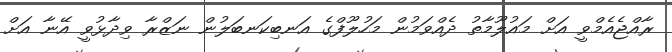
ރާއްޖެއެމްވީ އަށް މައުލޫމާތު ދެއްވަމުން މަހުލޫފްގެ އަނބިކަނބަލުން ނަޒްރާ ވިދާޅުވީ އޭނާ އަށް